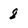
Character: 8